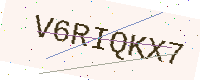
Text: V6RIQKX7